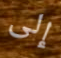
إلى